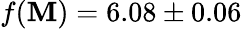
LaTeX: f(\mathbf{M})=6.08\pm0.06